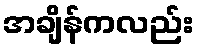
အချိန်ကလည်း